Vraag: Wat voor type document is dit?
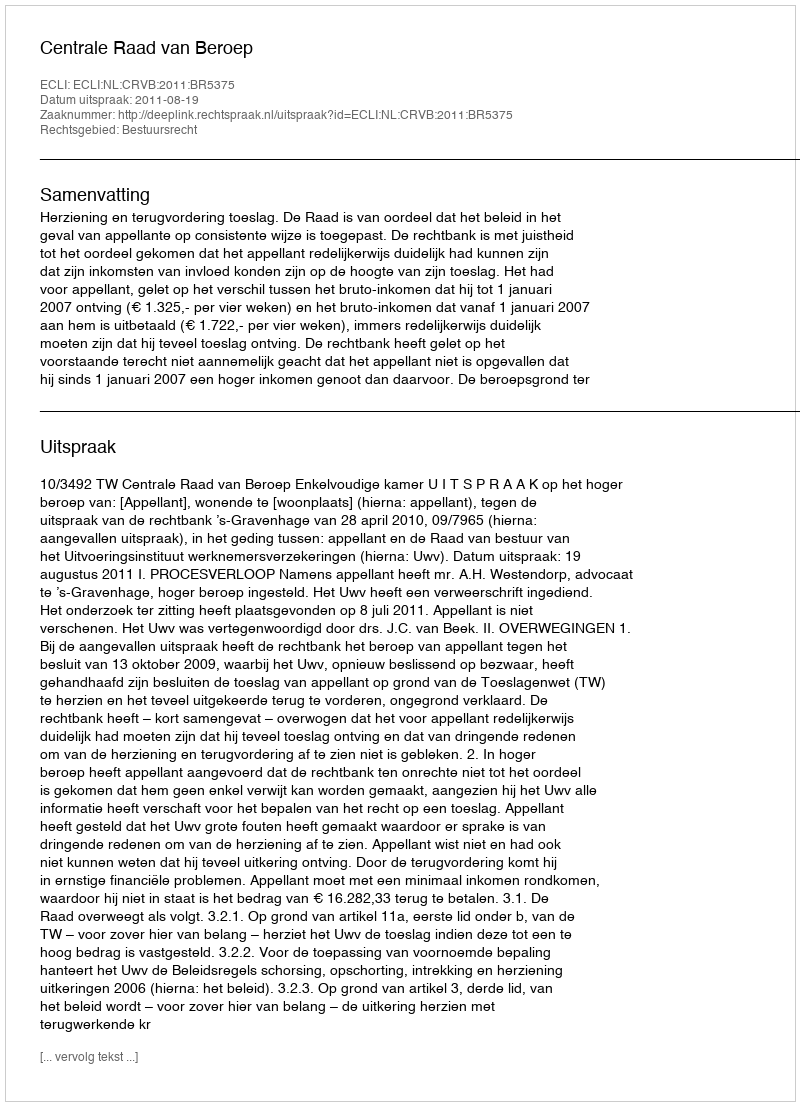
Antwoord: Uitspraak